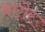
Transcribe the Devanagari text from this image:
बाग़ेर